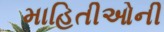
માહિતીઓની